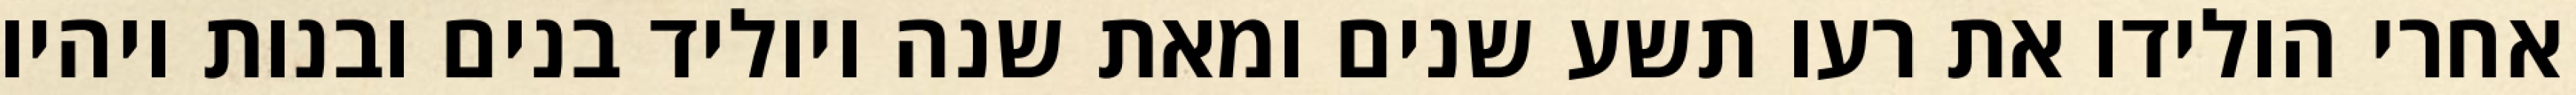
אחרי הולידו את רעו תשע שנים ומאת שנה ויוליד בנים ובנות ויהיו